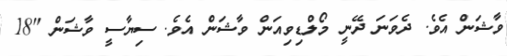
ވާޝަން އެވެ. ދެވަނަ ދޭނީ މޯލްޑިވިއަން ވާޝަން އެވެ. ސިޔާސީ ވާޝަން "18